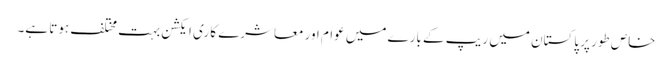
خاص طور پر پاکستان میں ریپ کے بارے میں عوام اور معاشرے کا ری ایکشن بہت مختلف ہوتا ہے۔